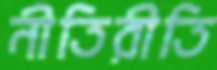
নীতিরীতি